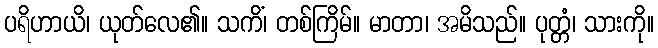
ပရိဟာယိ၊ ယုတ်လေ၏။ သကိံ၊ တစ်ကြိမ်။ မာတာ၊ အမိသည်။ ပုတ္တံ၊ သားကို။